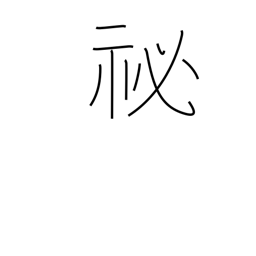
Meaning: abstruse